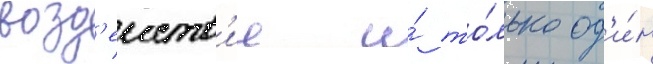
возд'еиств'ие и́ то́лько од'и́н